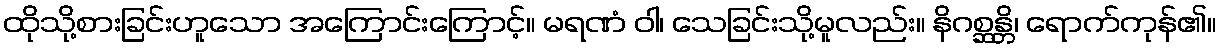
ထိုသို့စားခြင်းဟူသော အကြောင်းကြောင့်။ မရဏံ ဝါ၊ သေခြင်းသို့မူလည်း။ နိဂစ္ဆန္တိ၊ ရောက်ကုန်၏။